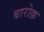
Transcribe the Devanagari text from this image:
बारोक़